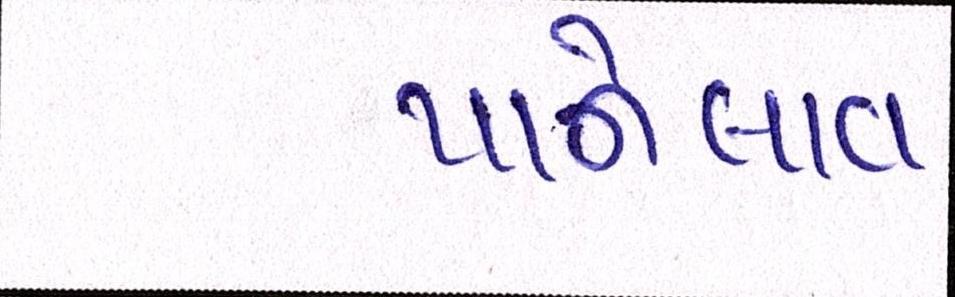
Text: પાનેલાવ